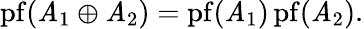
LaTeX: \operatorname{pf}(\mathit{A}_{1}\oplus\mathit{A}_{2})=\operatorname{pf}(\mathit{A}_{1})\operatorname{pf}(\mathit{A}_{2}).